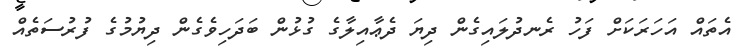
އެތައް އަހަރަކަށް ފަހު ރެނދުލައިގެން ދިޔަ ދެޢާއިލާގެ ގުޅުން ބަދަހިވެގެން ދިޔުމުގެ ފުރުސަތެއް